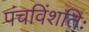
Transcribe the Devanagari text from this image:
पंचविंशतिः